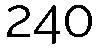
240